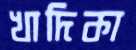
খাদিকা